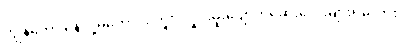
ကျွန်တော် နေလို့မကောင်း ဘူး၊ လှိုင်းမူးပျောက်ဆေးလေးများရမလား။